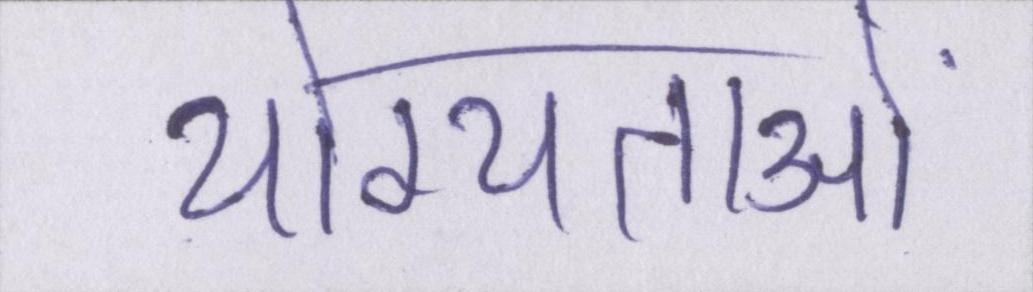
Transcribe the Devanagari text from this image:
योग्यताओं